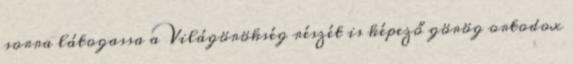
sorra látogassa a Világörökség részét is képező görög ortodox